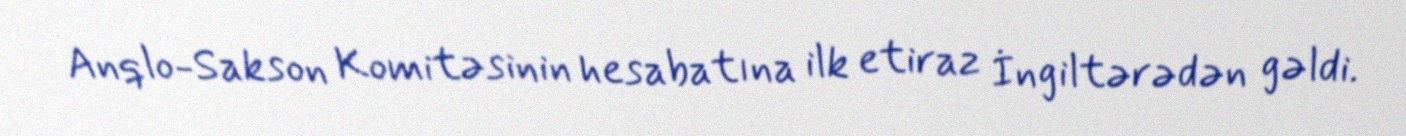
Anqlo-Sakson Komitəsinin hesabatına ilk etiraz İngiltərədən gəldi.